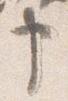
申